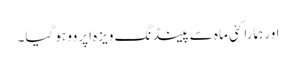
اور ہمارا کئی ماہ سے پینڈنگ ویزہ اپروو ہو گیا۔